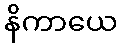
နိကာယေ